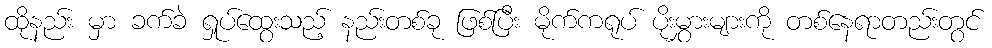
ထိုနည်း မှာ ခက်ခဲ ရှုပ်ထွေးသည့် နည်းတစ်ခု ဖြစ်ပြီး မိုက်ကရုပ် ပိုးမွှားများကို တစ်နေရာတည်းတွင်